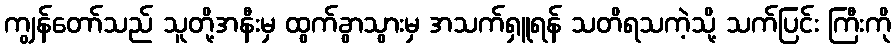
ကျွန်တော်သည် သူတို့အနီးမှ ထွက်ခွာသွားမှ အသက်ရှူရန် သတိရသကဲ့သို့ သက်ပြင်း ကြီးကို